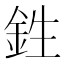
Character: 鉎